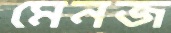
মেনজ